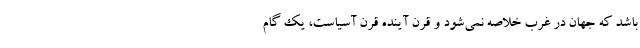
باشد که جهان در غرب خلاصه نمی‌شود و قرن آینده قرن آسیاست، یک گام